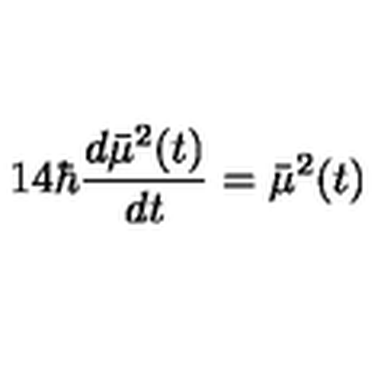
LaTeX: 1 4 \hbar \frac { d \bar { \mu } ^ { 2 } ( t ) } { d t } = \bar { \mu } ^ { 2 } ( t )